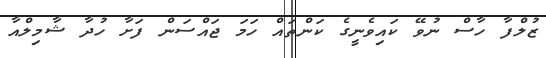
ޒުލްފާ ހާސް ނުވޭ ކައިވެނީގެ ކަންތައް ހަމަ ޖައްސަން ފަށާ ހުދާ ޝާމިލްއާ